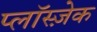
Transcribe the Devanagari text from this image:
प्लाॅस्ज़ेक